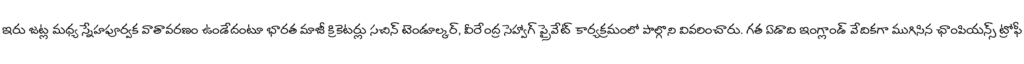
ఇరు జట్ల మధ్య స్నేహపూర్వక వాతావరణం ఉండేదంటూ భారత మాజీ క్రికెటర్లు సచిన్ టెండూల్కర్, వీరేంద్ర సెహ్వాగ్ ప్రైవేట్ కార్యక్రమంలో పాల్గొని వివరించారు. గత ఏడాది ఇంగ్లాండ్ వేదికగా ముగిసిన ఛాంపియన్స్ ట్రోఫీ